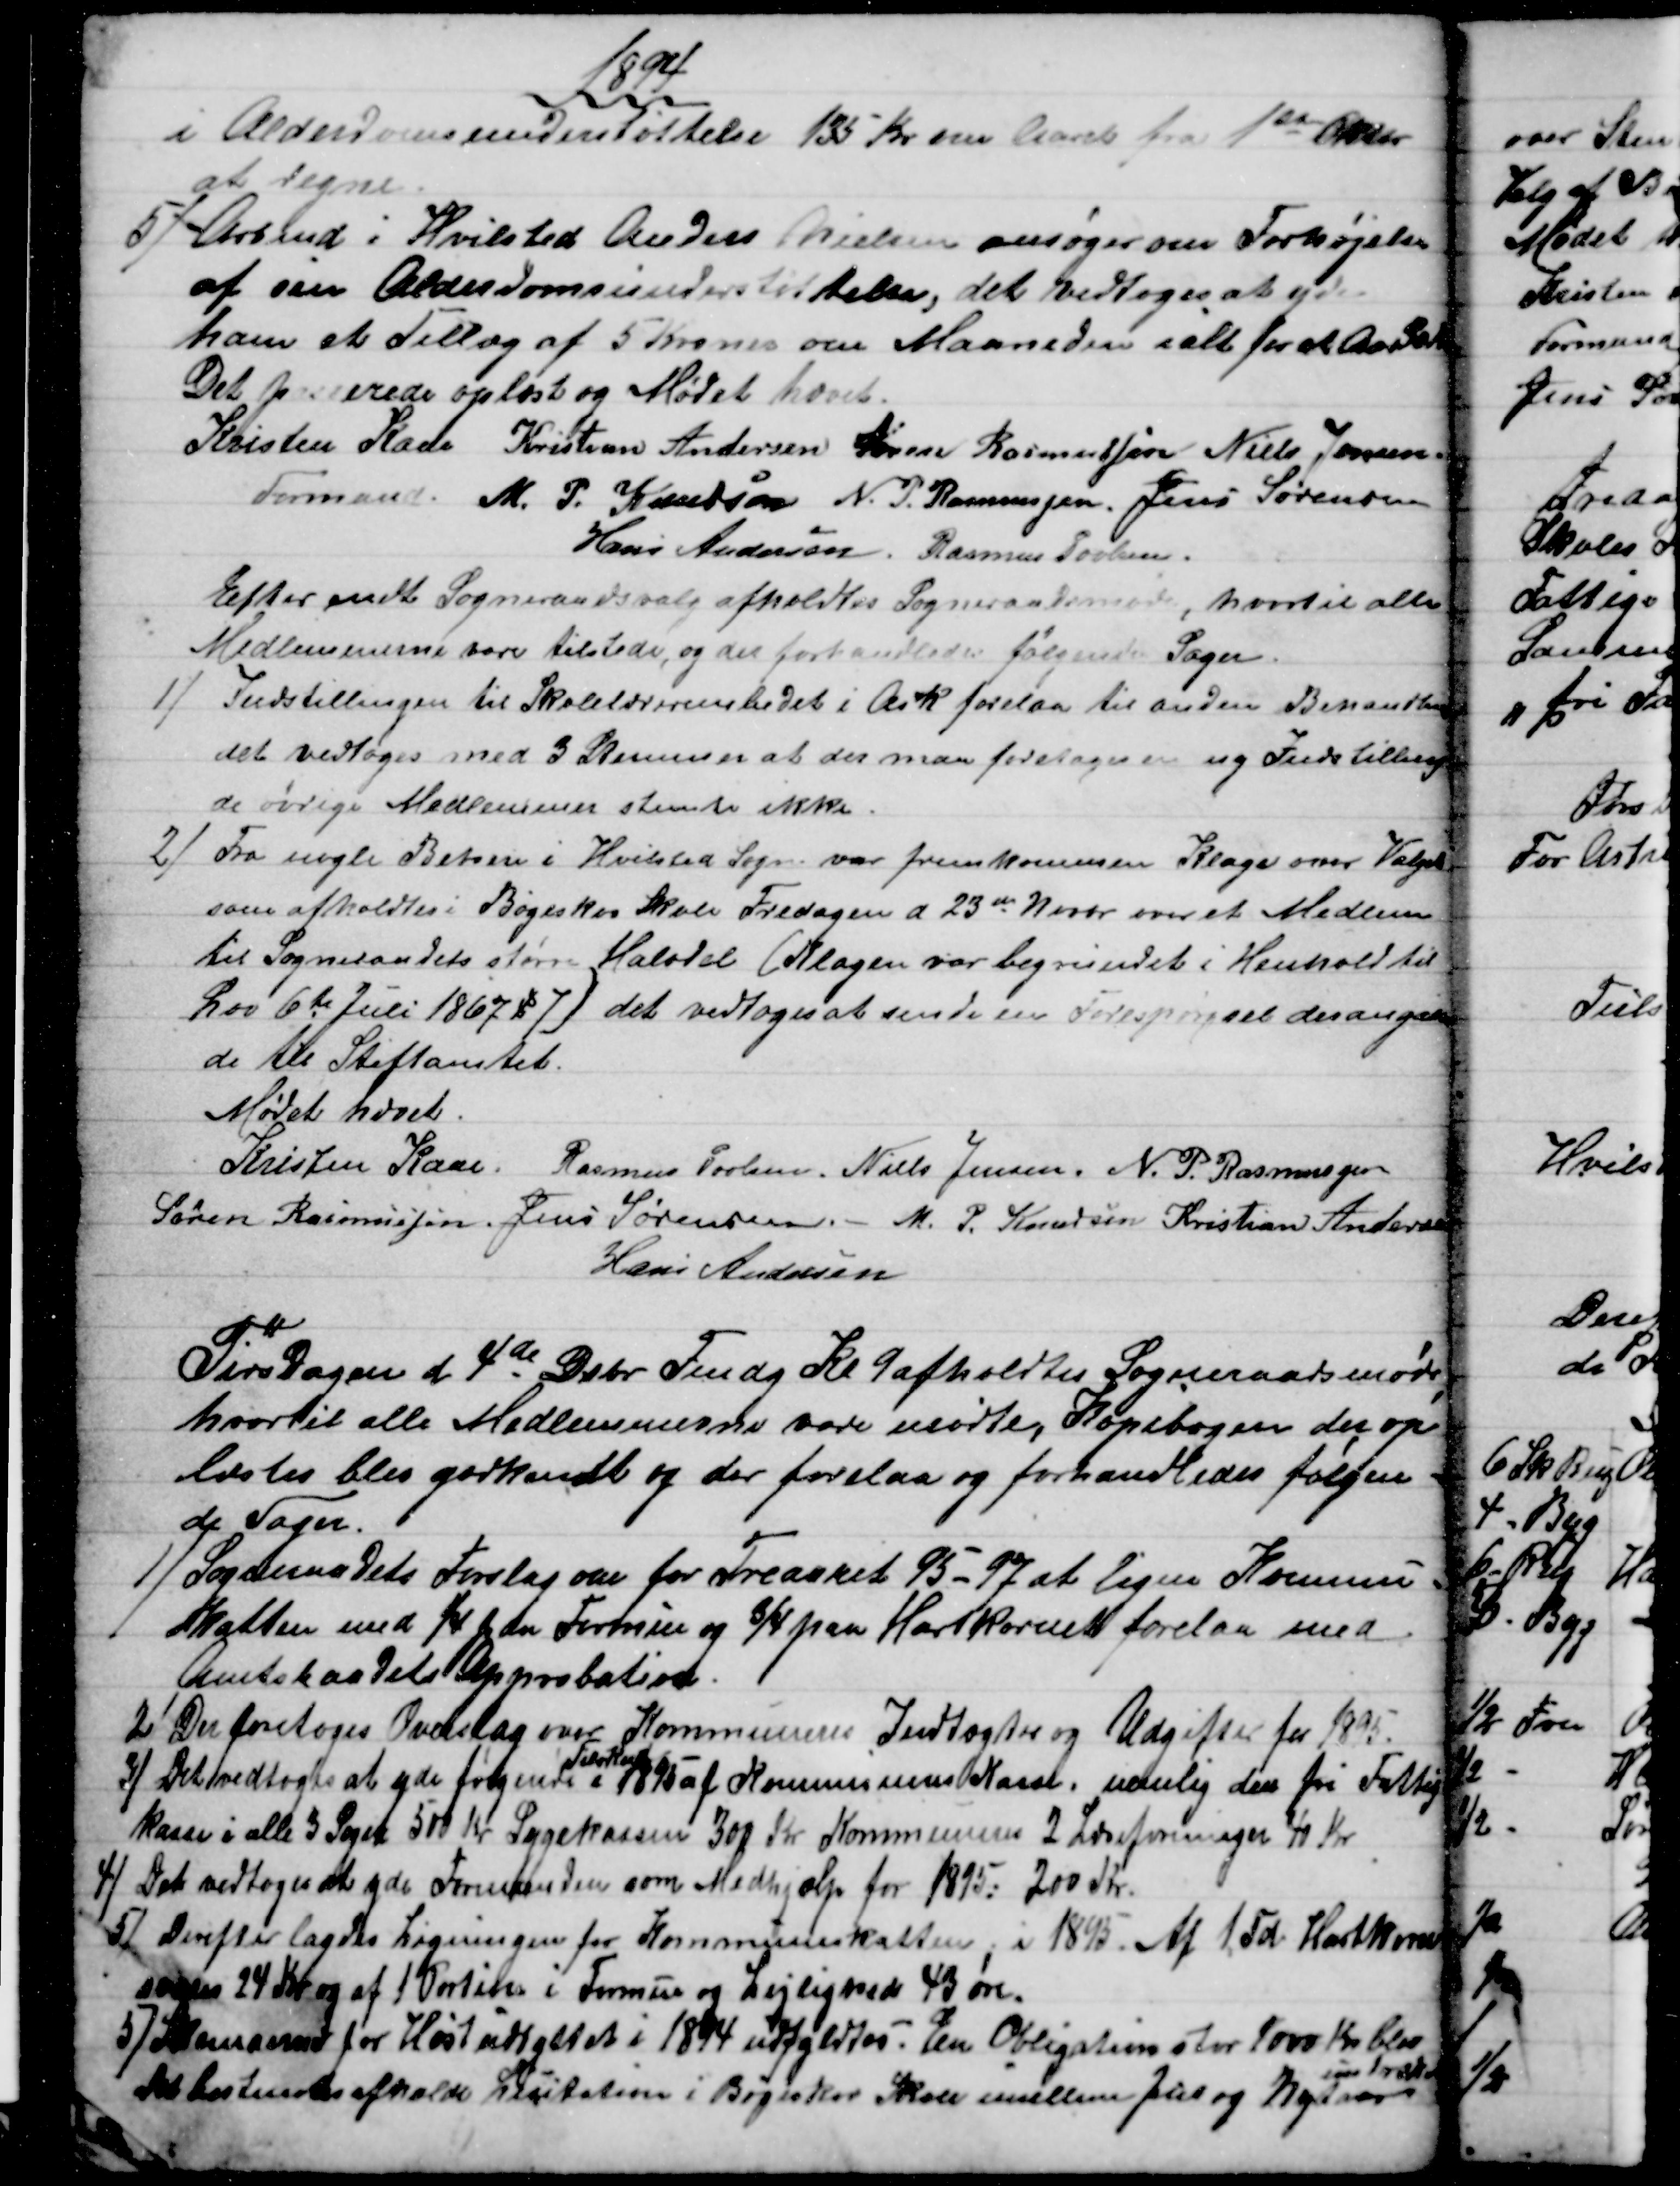
Transskription:
1894
i Alderdomsunderstøttelse 135 Kr om Aaret fra 1st Oktbr
at regne.
5) Arbmd i Hvilsted Anders Nielsen ansøger om Forhøjelse
af sin Alderdomsunderstøttelse, det vedtoges at yde
ham et Tillæg af 5 Kroner om Maaneden ialt for et Aar 30 Kr
Det passerede oplæst og Mødet hævet.
Kristen Kaae 
Formand. 
Kristian Andersen Søren Rasmussen Niels Jensen.
M. P. Knudsen N. P. Rasmussen. Jens Sørensen
Hans Andersen. Rasmus Povlsen.
Efter endt Sogneraadsvalg afholdtes Sogneraadsmøde, hvortil alle
Medlemmerne vare tilstede, og der forhandledes følgende Sager.
1) Indstillingen til Skolelærerembedet i Ask forelaa til anden Behandling
det vedtoges med 3 Stemmer at der maa foretages en ny Indstilling
de øvrige Medlemmer stemte ikke.
2) Fra nogle Beboere i Hvilsted Sogn var fremkommen Klage over Valget
som afholdtes i Bøgeskov Skole Fredagen d. 23de Novbr over et Medlem
til Sogneraadets større Halvdel (Klagen var begrundet i Henhold til
Lov 6te Juli 1867 § 7) det vedtoges at sende en Forespørgsel desangaaen
de til Stiftamtet.
Mødet hævet.
Kristen Kaae.
Rasmus Povlsen. Niels Jensen. N. P. Rasmussen
Søren Rasmussen. Jens Sørensen. - M. P. Knudsen Kristian Andersen
Hans Andersen
Tirsdagen d. 4de Debr Fmdg Kl. 9 afholdtes Sogneraadsmøde,
hvortil alle Medlemmerne vare mødte, Kopibogen der op
læstes blev godkendt og der forelaa og forhandledes følgen=
de Sager.
1) Sogneraadets Forslag om for Treaaret 95-97 at ligne Kommune=
Skatten med ¼ paa Formue og ¾ paa Hartkornet forelaa med
Amtsraadets Approbation.
2) Der foretoges Overslag over Kommunens Indtægter og Udgifter for 1895.
3) Det vedtoges at yde følgende 
Tilskud
i 1895 af Kommunens Kasse, nemlig den fri Fattig
kasse i alle 3 Sogne 500 Kr Sygekassen 300 Kr Kommunens 2 Læseforeninger 40 Kr
4) Det vedtoges at yde Formanden som Medhjælp for 1895: 200 Kr.
5) Derefter lagdes Ligningen for Kommuneskatten, i 1895. Af 1, Td. Hartkorn
svares 24 Kr og af 1 Portion i Formue og Lejlighed 43 øre.
5) Skemaerne for Høstudbyttet i 1894 udfyldtes. En Obligation stor 1000 Kr. blev
indløst
Det bestemtes afholde Licitation i Bøgeskov Skole mellem Jul og Nytår